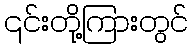
၎င်းတို့ကြားတွင်